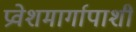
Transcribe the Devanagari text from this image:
प्रवेशमार्गापाशी